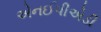
એનઈપીએડી